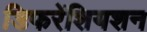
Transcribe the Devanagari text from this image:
डिफरेंशियशन